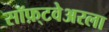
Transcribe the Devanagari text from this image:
सॉफ़्टवेअरला